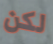
لكن